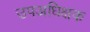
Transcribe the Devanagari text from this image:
उपअधिक्षक